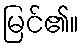
မြင်၏။